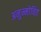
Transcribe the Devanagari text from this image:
अनुन्मोचित